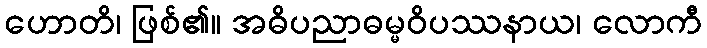
ဟောတိ၊ ဖြစ်၏။ အဓိပညာဓမ္မဝိပဿနာယ၊ လောကီ